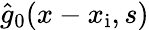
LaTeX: \hat{g}_{0}(x-x_{\mathrm{i}},s)